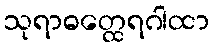
သုရာဓတ္ထေရဂါထာ